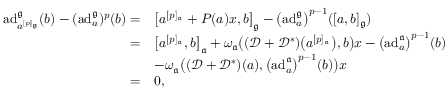
\begin{array} { r l } { \mathrm { a d } _ { a ^ { [ p ] _ { \mathfrak { g } } } } ^ { \mathfrak { g } } ( b ) - ( \mathrm { a d } _ { a } ^ { \mathfrak { g } } ) ^ { p } ( b ) = } & { \big [ a ^ { [ p ] _ { \mathfrak { a } } } + P ( a ) x , b \big ] _ { \mathfrak { g } } - \bigl ( \mathrm { a d } _ { a } ^ { \mathfrak { g } } \bigr ) ^ { p - 1 } ( [ a , b ] _ { \mathfrak { g } } ) } \\ { = } & { \big [ a ^ { [ p ] _ { \mathfrak { a } } } , b \big ] _ { \mathfrak { a } } + \omega _ { \mathfrak { a } } \bigl ( ( { \mathscr D } + { \mathscr D } ^ { * } ) \bigl ( a ^ { [ p ] _ { \mathfrak { a } } } \bigr ) , b \bigr ) x - \bigl ( \mathrm { a d } _ { a } ^ { \mathfrak { a } } \bigr ) ^ { p - 1 } ( b ) } \\ & { - \omega _ { \mathfrak { a } } \bigl ( ( { \mathscr D } + { \mathscr D } ^ { * } ) ( a ) , \bigl ( \mathrm { a d } _ { a } ^ { \mathfrak { a } } \bigr ) ^ { p - 1 } ( b ) \bigr ) x } \\ { = } & { 0 , } \end{array}